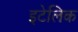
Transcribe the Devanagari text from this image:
इटेलिक